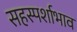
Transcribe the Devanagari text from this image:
सहस्पर्शाभाव